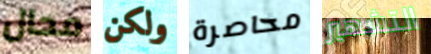
محال ولكن محاصرة التشهير